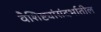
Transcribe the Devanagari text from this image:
वैशिष्ट्यांसंदर्भातील